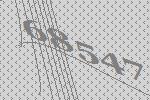
68547